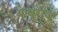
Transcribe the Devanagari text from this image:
बाबूराज